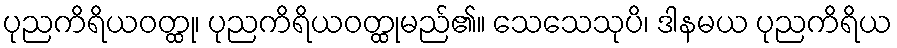
ပုညကိရိယဝတ္ထု၊ ပုညကိရိယဝတ္ထုမည်၏။ သေသေသုပိ၊ ဒါနမယ ပုညကိရိယ